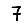
Digit: 7